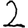
Digit: 2